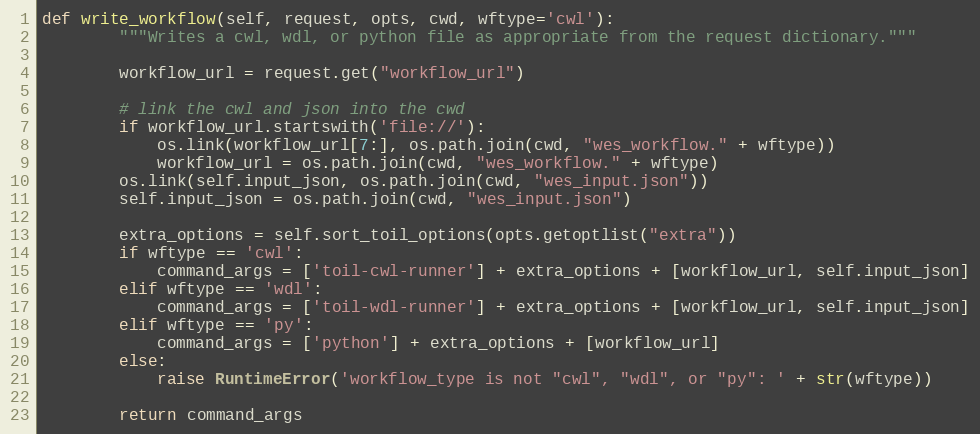
Language: Python
def write_workflow(self, request, opts, cwd, wftype='cwl'):
        """Writes a cwl, wdl, or python file as appropriate from the request dictionary."""

        workflow_url = request.get("workflow_url")

        # link the cwl and json into the cwd
        if workflow_url.startswith('file://'):
            os.link(workflow_url[7:], os.path.join(cwd, "wes_workflow." + wftype))
            workflow_url = os.path.join(cwd, "wes_workflow." + wftype)
        os.link(self.input_json, os.path.join(cwd, "wes_input.json"))
        self.input_json = os.path.join(cwd, "wes_input.json")

        extra_options = self.sort_toil_options(opts.getoptlist("extra"))
        if wftype == 'cwl':
            command_args = ['toil-cwl-runner'] + extra_options + [workflow_url, self.input_json]
        elif wftype == 'wdl':
            command_args = ['toil-wdl-runner'] + extra_options + [workflow_url, self.input_json]
        elif wftype == 'py':
            command_args = ['python'] + extra_options + [workflow_url]
        else:
            raise RuntimeError('workflow_type is not "cwl", "wdl", or "py": ' + str(wftype))

        return command_args